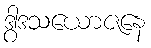
ဒွါဒသယောဇနေ